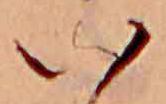
い